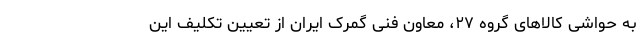
به حواشی کالاهای گروه ۲۷، معاون فنی گمرک ایران از تعیین تکلیف این